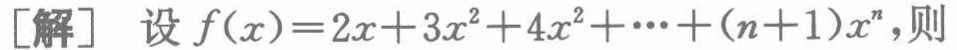
[解] 设 \(f(x)=2x + 3x^{2}+4x^{2}+\cdots+(n + 1)x^{n}\),则